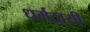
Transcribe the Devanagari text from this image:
धर्मदायी